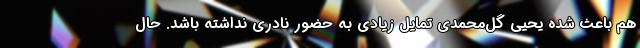
هم باعث شده یحیی گل‌محمدی تمایل زیادی به حضور نادری نداشته باشد. حال